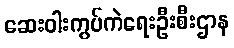
ဆေးဝါးကွပ်ကဲရေးဦးစီးဌာန